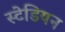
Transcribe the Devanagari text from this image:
स्टेडियन